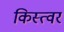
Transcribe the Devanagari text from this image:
किस्त्वर